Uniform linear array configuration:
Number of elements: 12
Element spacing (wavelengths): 0.75
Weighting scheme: exponential
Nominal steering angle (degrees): -30
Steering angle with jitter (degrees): -31.789
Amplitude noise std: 0.05
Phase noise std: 0.05

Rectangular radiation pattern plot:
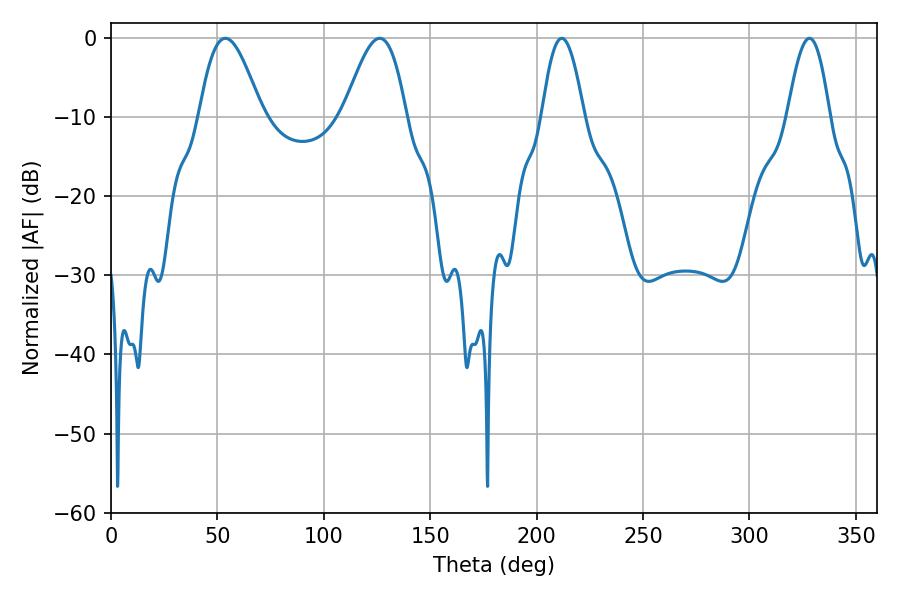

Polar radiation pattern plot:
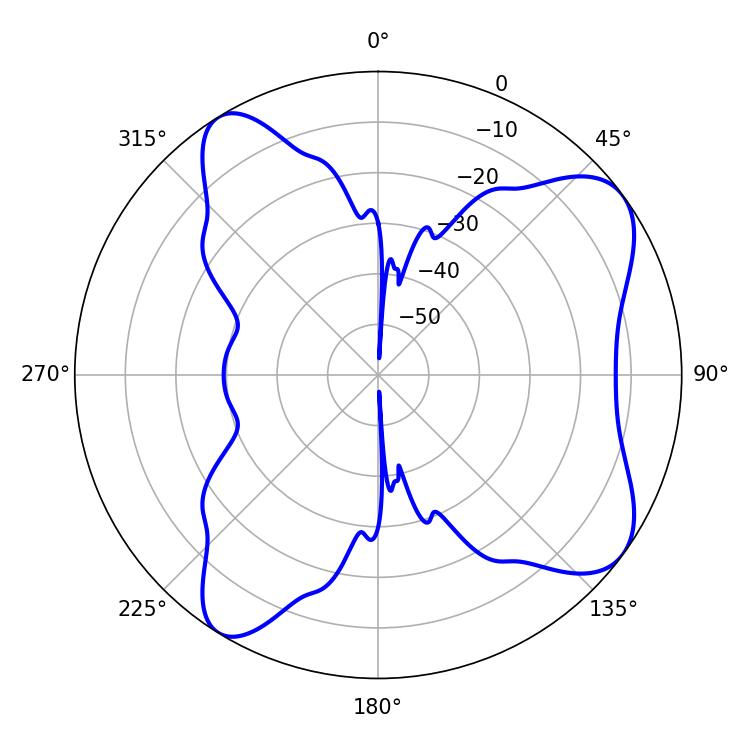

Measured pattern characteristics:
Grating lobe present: TRUE
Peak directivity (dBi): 8.177
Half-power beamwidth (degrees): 15.84
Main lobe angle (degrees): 53.82